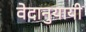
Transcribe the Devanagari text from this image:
वेदानुयायी